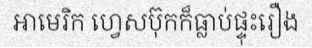
អាមេរិក ហ្វេសប៊ុកក៏ធ្លាប់ផ្ទុះរឿង